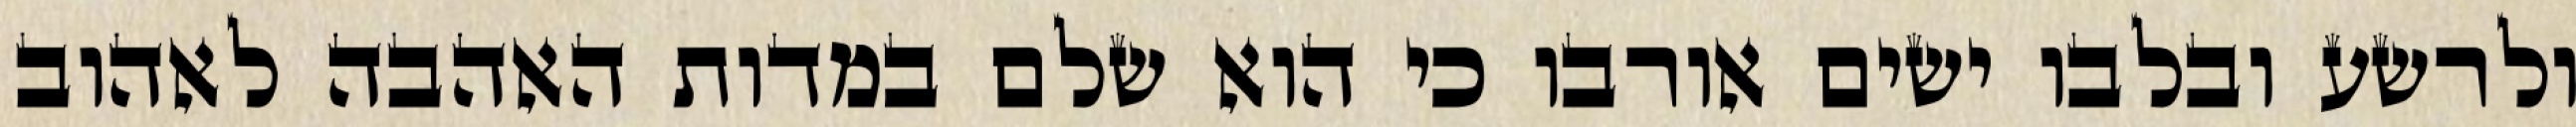
ולרשע ובלבו ישים אורבו כי הוא שלם במדות האהבה לאהוב